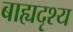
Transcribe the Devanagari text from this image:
बाह्यदृश्य